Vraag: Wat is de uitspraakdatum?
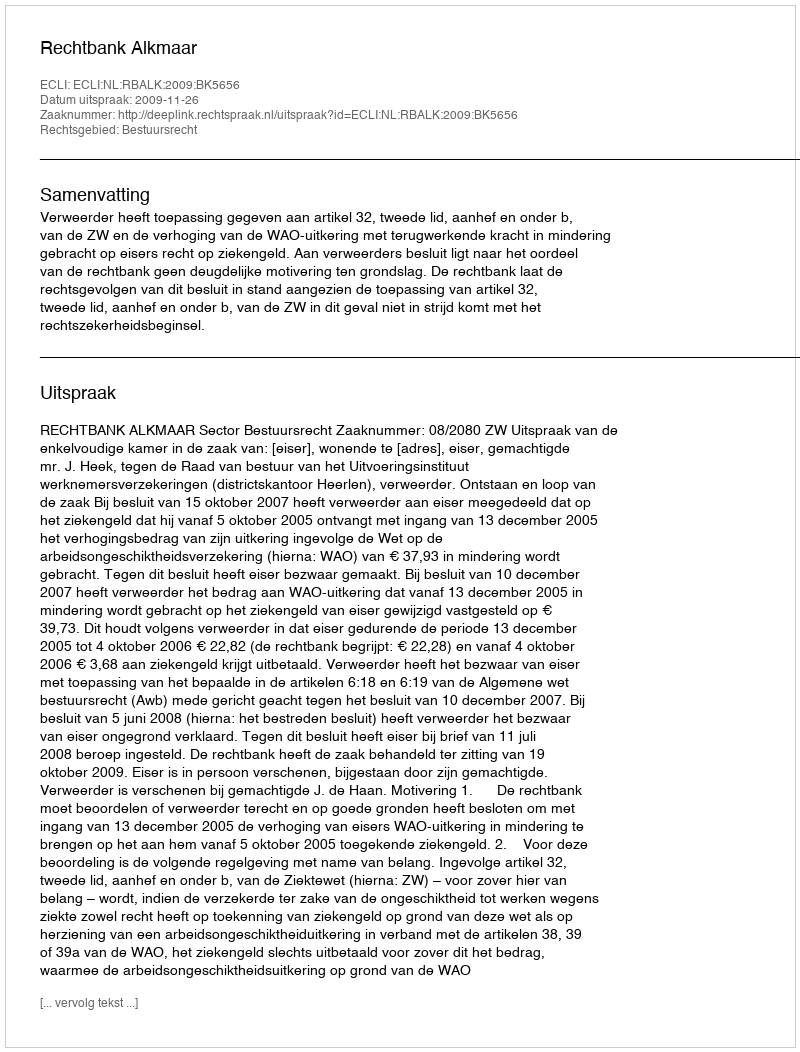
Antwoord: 2009-11-26